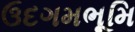
ઉદગમભૂમિ